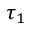
\tau _ { 1 }